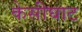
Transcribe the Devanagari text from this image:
केसीघाट